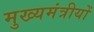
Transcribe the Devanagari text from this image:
मुख्यमंत्रीयों